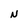
Character: N